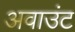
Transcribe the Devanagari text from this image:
अवाउंट